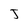
Character: J